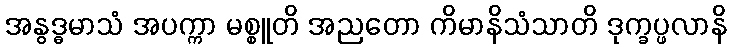
အနွဒ္ဓမာသံ အပက္ကာ မစ္စူတိ အညတော ကိမာနိသံသာတိ ဒုက္ခပ္ဖလာနိ